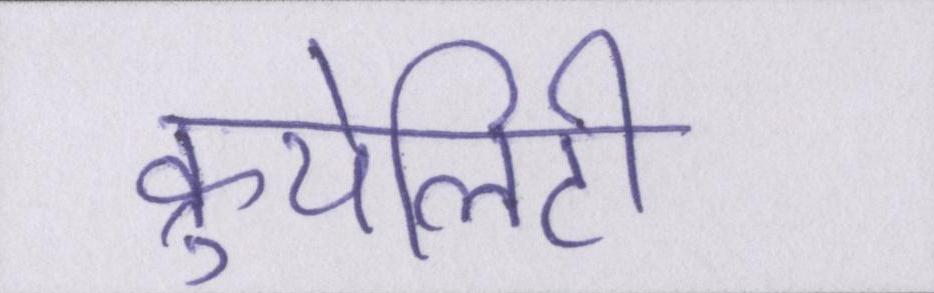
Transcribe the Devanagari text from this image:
क्रुयेलिटी